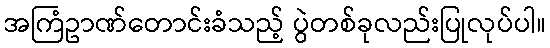
အကြံဥာဏ်တောင်းခံသည့် ပွဲတစ်ခုလည်းပြုလုပ်ပါ။